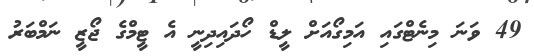
49 ވަނަ މިނެޓްގައި އަމިގޯއަށް ލީޑް ހޯދައިދިނީ އެ ޓީމްގެ ޖޯޒީ ނަމްބަރު